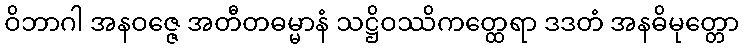
ဝိဘာဂါ အနဝဇ္ဇေ အတီတဓမ္မာနံ သဋ္ဌိဝဿိကတ္ထေရာ ဒဒတံ အနဓိမုတ္တော